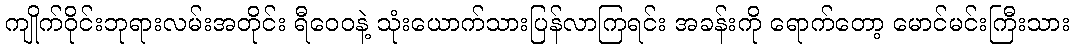
ကျိုက်ဝိုင်းဘုရားလမ်းအတိုင်း ရီဝေဝနဲ့ သုံးယောက်သားပြန်လာကြရင်း အခန်းကို ရောက်တော့ မောင်မင်းကြီးသား